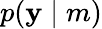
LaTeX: p(\mathbf{y}\mid m)